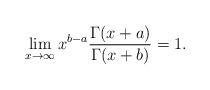
LaTeX: \begin{align*}\lim_{x\rightarrow\infty}x^{b-a}\frac{\Gamma(x+a)}{\Gamma(x+b)}=1.\end{align*}